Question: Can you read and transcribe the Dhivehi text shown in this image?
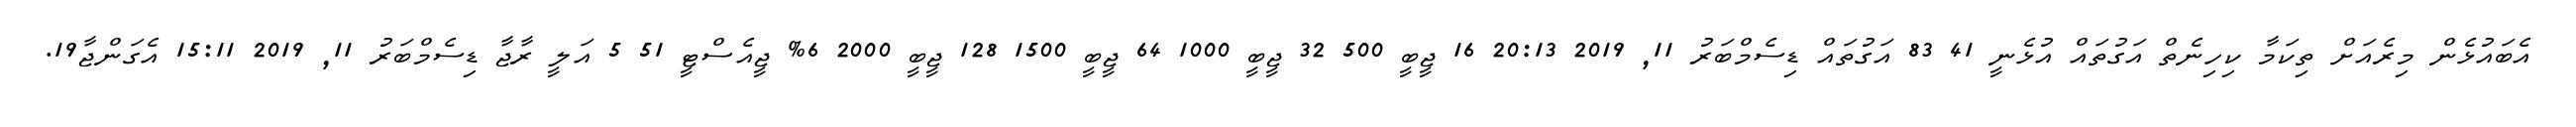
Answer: އެބައުޅެން މިރެއަށް ތިކަމާ ކިހިނެތް އަގުތައް އުޅެނީ 41 83 އަގުތައް ޑިސެމްބަރު 11, 2019 20:13 16 ޖީބީ 500 32 ޖީބީ 1000 64 ޖީބީ 1500 128 ޖީބީ 2000 6% ޖީއެސްޓީ 51 5 އަލީ ރާޖާ ޑިސެމްބަރު 11, 2019 15:11 އެގަންޖާ19.